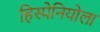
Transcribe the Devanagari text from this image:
हिस्पेनियोला